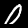
Label: 0